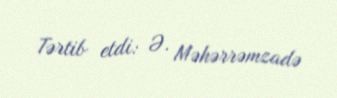
Tərtib etdi: Ə. Məhərrəmzadə